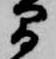
間